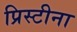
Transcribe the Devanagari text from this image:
प्रिस्टीना